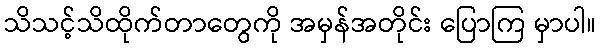
သိသင့်သိထိုက်တာတွေကို အမှန်အတိုင်း ပြောကြ မှာပါ။